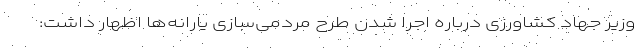
وزیر جهاد کشاورزی درباره اجرا شدن طرح مردمی‌سازی یارانه‌ها اظهار داشت: